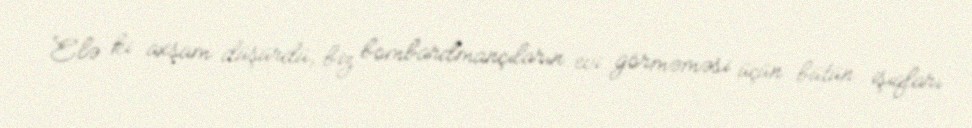
Elə ki axşam düşürdü, biz bombardmançıların evi görməməsi üçün bütün işıqları